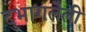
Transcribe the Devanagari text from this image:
दुभागलेली